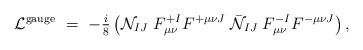
\begin{align*}{\cal L}^{\rm gauge}\ =\ -{\textstyle{i\over 8}}\left( {\cal N}_{IJ}\;F_{\mu\nu}^{+I}F^{+\mu\nu J}\-\; {\bar{\cal N}}_{IJ}\;F_{\mu\nu}^{-I} F^{-\mu\nu J} \right),\end{align*}